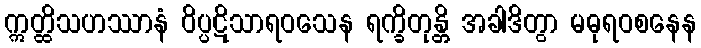
ဣတ္ထိသဟဿာနံ ဝိပ္ပဋိသာရဝသေန ရက္ခိတုန္တိ အခါဒိတွာ မဓုရဝစနေန